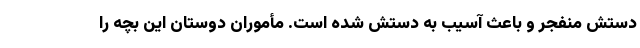
دستش منفجر و باعث آسیب به دستش شده است. مأموران دوستان این بچه را